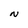
Character: N